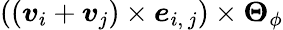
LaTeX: \left(\left(\boldsymbol{v}_{i}+\boldsymbol{v}_{j}\right)\times\boldsymbol{e}_{i,\ j}\right)\times\boldsymbol{\Theta}_{\phi}